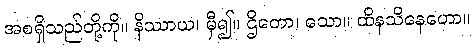
အစရှိသည်တို့ကို။ နိဿာယ၊ မှီ၍။ ဌိတော၊ သော။ ထိနသိနေဟော။